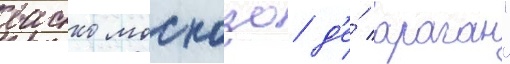
васко москозо д'е́ араган"